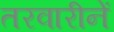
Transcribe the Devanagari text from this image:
तरवारीनें